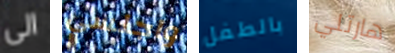
الى واجلسي بالطفل هارتلي